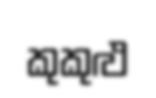
කුකුළු